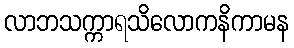
လာဘသက္ကာရသိလောကနိကာမန